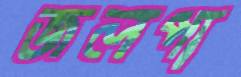
জলপা